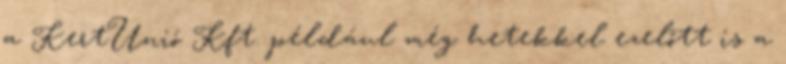
a KertUnió Kft. például még hetekkel ezelőtt is a